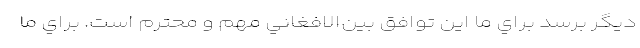
ديگر برسد براي ما اين توافق بين‌الافغاني مهم و محترم است. براي ما